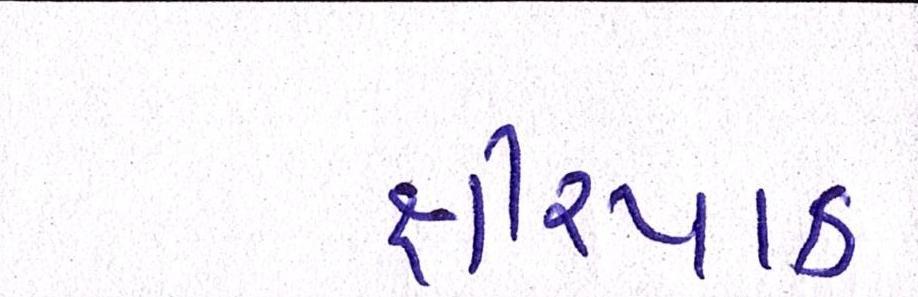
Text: ક્ષીરપાક